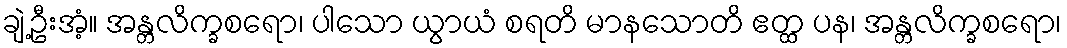
ချဲ့ဦးအံ့။ အန္တလိက္ခစရော၊ ပါသော ယွာယံ စရတိ မာနသောတိ ဧတ္ထ ပန၊ အန္တလိက္ခစရော၊